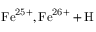
\mathrm { F e ^ { 2 5 + } , F e ^ { 2 6 + } + H }